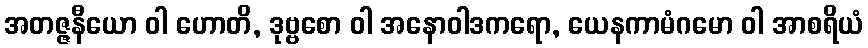
အတဇ္ဇနီယော ဝါ ဟောတိ, ဒုဗ္ဗစော ဝါ အနောဝါဒကရော, ယေနကာမံဂမော ဝါ အာစရိယံ